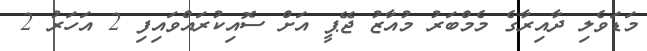
މަޑަވެލި ދާއިރާގެ މެމްބަރު މުއާޒު ޖޭޕީ އަަށް ސޮއިކުރައްވައިފި 2 އަހަރު 2